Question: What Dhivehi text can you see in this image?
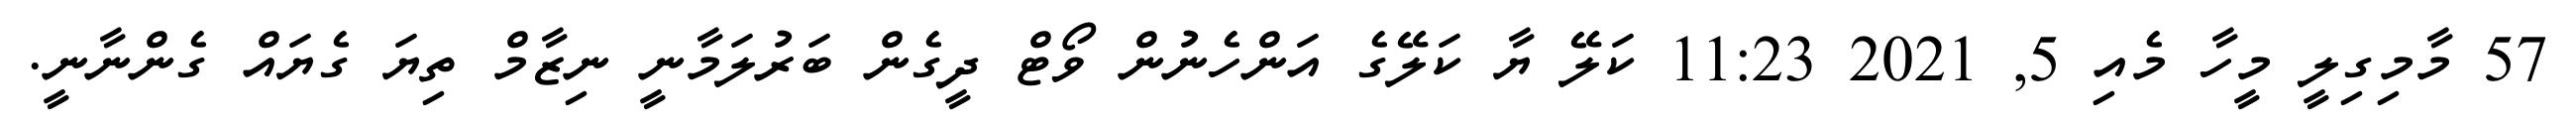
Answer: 57 މާމިގިލީ މީހާ މެއި 5, 2021 11:23 ކަލޭ ޔާ ކަލޭގެ އަންހެނުން ވޯޓް ދީގެން ބަރުލަމާނީ ނިޒާމް ތިޔަ ގެޔައް ގެންނާނީ.